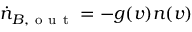
\dot { n } _ { B , \mathrm { ~ o ~ u ~ t ~ } } = - g ( v ) n ( v )